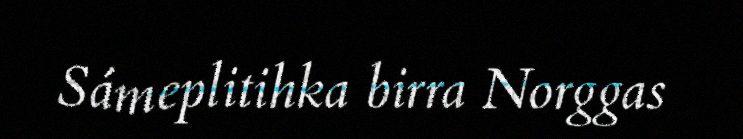
Sámeplitihka birra Norggas